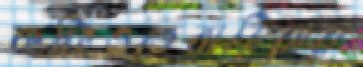
কফিওতেবাড়িয়ায়